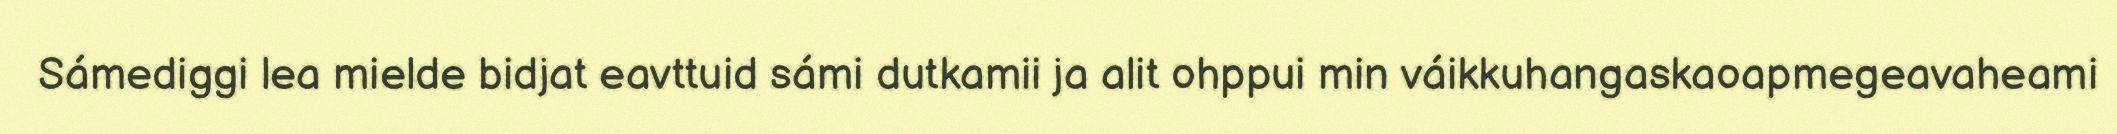
Sámediggi lea mielde bidjat eavttuid sámi dutkamii ja alit ohppui min váikkuhangaskaoapmegeavaheami